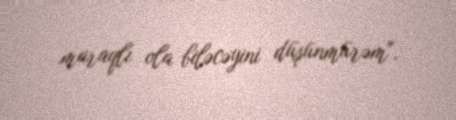
maraqlı ola biləcəyini düşünmürəm".